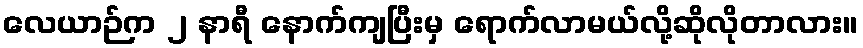
လေယာဉ်က ၂ နာရီ နောက်ကျပြီးမှ ရောက်လာမယ်လို့ဆိုလိုတာလား။